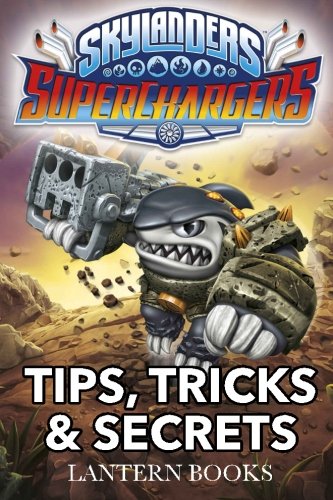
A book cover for Skylanders SuperChargers - Tips, Tricks, and Secrets; Lantern Books; Humor & Entertainment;